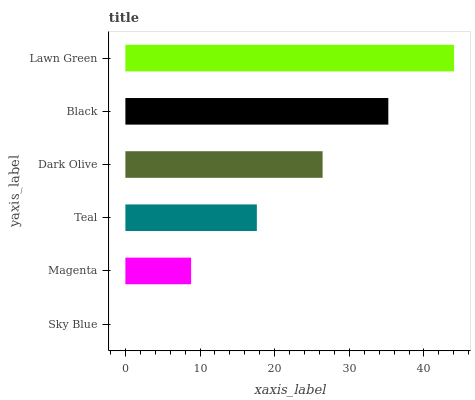
| yaxis_label | bars |
 | --- | --- |
 | Sky Blue | 0 |
 | Magenta | 8.81 |
 | Teal | 17.6 |
 | Dark Olive | 26.4 |
 | Black | 35.2 |
 | Lawn Green | 44 |